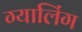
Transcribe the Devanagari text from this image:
ग्यालिंग